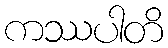
ကဿပါတိ